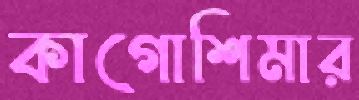
কাগোশিমার